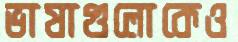
ভাষাগুলোকেও